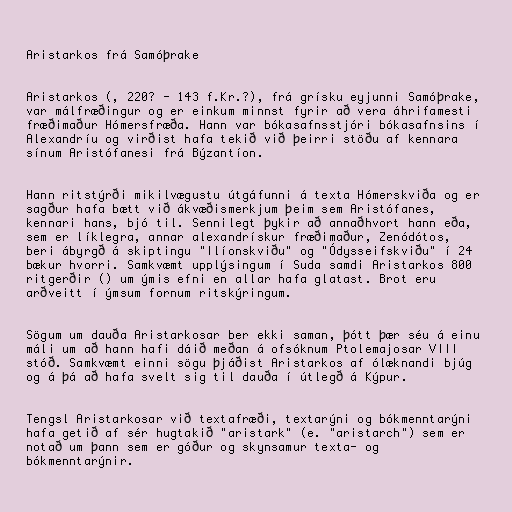
Aristarkos frá Samóþrake

Aristarkos (, 220? - 143 f.Kr.?), frá grísku eyjunni Samóþrake,
var málfræðingur og er einkum minnst fyrir að vera áhrifamesti
fræðimaður Hómersfræða. Hann var bókasafnsstjóri bókasafnsins í
Alexandríu og virðist hafa tekið við þeirri stöðu af kennara
sínum Aristófanesi frá Býzantíon.

Hann ritstýrði mikilvægustu útgáfunni á texta Hómerskviða og er
sagður hafa bætt við ákvæðismerkjum þeim sem Aristófanes,
kennari hans, bjó til. Sennilegt þykir að annaðhvort hann eða,
sem er líklegra, annar alexandrískur fræðimaður, Zenódótos,
beri ábyrgð á skiptingu "Ilíonskviðu" og "Ódysseifskviðu" í 24
bækur hvorri. Samkvæmt upplýsingum í Suda samdi Aristarkos 800
ritgerðir () um ýmis efni en allar hafa glatast. Brot eru
arðveitt í ýmsum fornum ritskýringum.

Sögum um dauða Aristarkosar ber ekki saman, þótt þær séu á einu
máli um að hann hafi dáið meðan á ofsóknum Ptolemajosar VIII
stóð. Samkvæmt einni sögu þjáðist Aristarkos af ólæknandi bjúg
og á þá að hafa svelt sig til dauða í útlegð á Kýpur.

Tengsl Aristarkosar við textafræði, textarýni og bókmenntarýni
hafa getið af sér hugtakið "aristark" (e. "aristarch") sem er
notað um þann sem er góður og skynsamur texta- og
bókmenntarýnir.